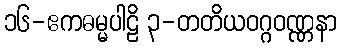
၁၆-ဧကဓမ္မပါဠိ ၃-တတိယဝဂ္ဂဝဏ္ဏနာ